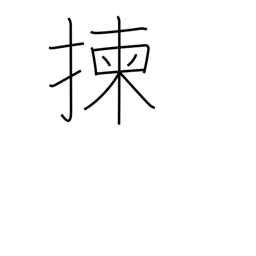
Meaning: select